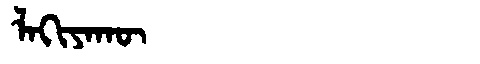
Manchu: ᠯᠠᡴᡳᠶᠠᡴᡡ
Romanization: LAKIYAKŪ